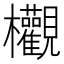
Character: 欟